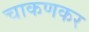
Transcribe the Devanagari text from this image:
चाकणकर